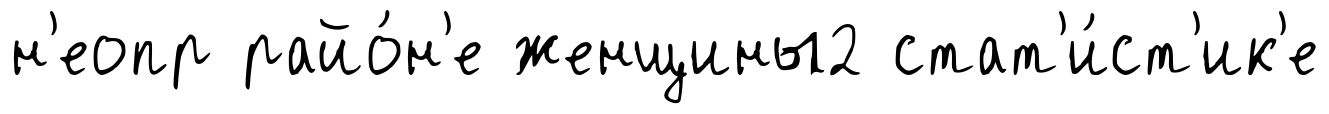
н'еопр райо́н'е женщины2 стат'и́ст'ик'е